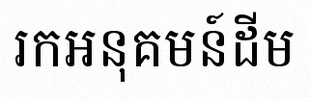
រកអនុគមន៍ដើម